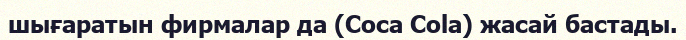
шығаратын фирмалар да (Coca Cola) жасай бастады.